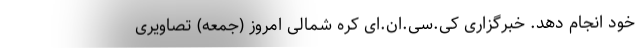
خود انجام دهد. خبرگزاری کی.سی.ان.ای کره شمالی امروز (جمعه) تصاویری